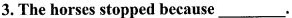
3.The horses stopped because___.